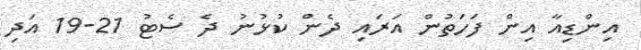
އިންޑިއާ އިން ފަހަތުން އަރައި ދެން ކުޅުނު ދެ ސެޓު 21-19 އަދި